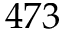
4 7 3